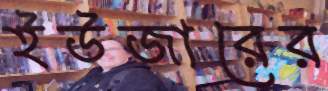
ইউজারের